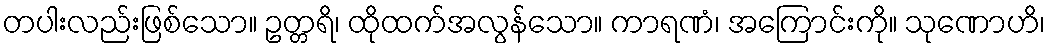
တပါးလည်းဖြစ်သော။ ဥတ္တရိ၊ ထိုထက်အလွန်သော။ ကာရဏံ၊ အကြောင်းကို။ သုဏောဟိ၊